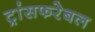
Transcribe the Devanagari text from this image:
ट्रांसफरेबल